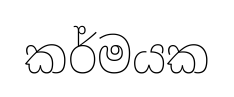
කර්මයක